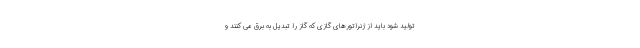
تولید شود باید از ژنراتورهای گازی که گاز را تبدیل به برق می کنند و